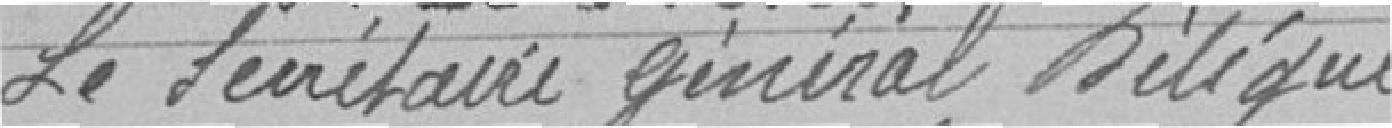
Le secrétaire général délégué